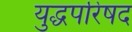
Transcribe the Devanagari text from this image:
युद्धपरिषद